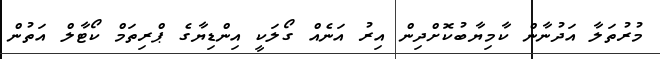
މުރުތަލާ އަދުނާން ކާމިޔާބުކޮށްދިން އިރު އަނެއް ގޯލަކީ އިންޑިޔާގެ ޕްރިތަމް ކޯޓާލް އަތުން